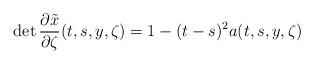
LaTeX: \begin{align*}{\rm det}\, \frac{\partial \tilde{x}}{\partial\zeta}(t,s,y,\zeta)=1-(t-s)^2 a(t,s,y,\zeta)\end{align*}